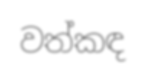
වත්කඳ